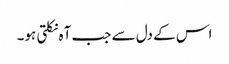
اس کے دل سے جب آہ نکلتی ہو۔